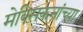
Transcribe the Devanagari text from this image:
मेक्सिकनांच्या